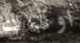
اوقات